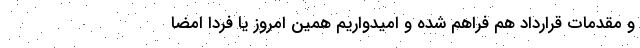
و مقدمات قرارداد هم فراهم شده و امیدواریم همین امروز یا فردا امضا